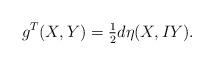
LaTeX: \begin{align*} g^T(X,Y) = \tfrac{1}{2} d \eta(X, I Y).\end{align*}